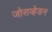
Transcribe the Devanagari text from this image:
जोसव्हेडन